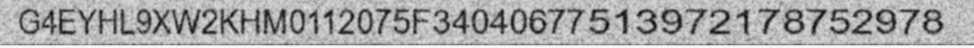
G4EYHL9XW2KHM0112075F34040677513972178752978